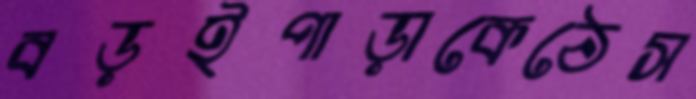
বড়ইপাড়াকেঠেস